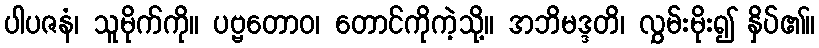
ပါပဇနံ၊ သူမိုက်ကို။ ပဗ္ဗတောဝ၊ တောင်ကိုကဲ့သို့။ အဘိမဒ္ဒတိ၊ လွှမ်းမိုး၍ နှိပ်၏။